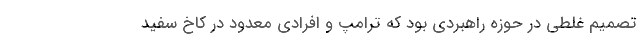
تصمیم غلطی در حوزه راهبردی بود که ترامپ و افرادی معدود در کاخ سفید